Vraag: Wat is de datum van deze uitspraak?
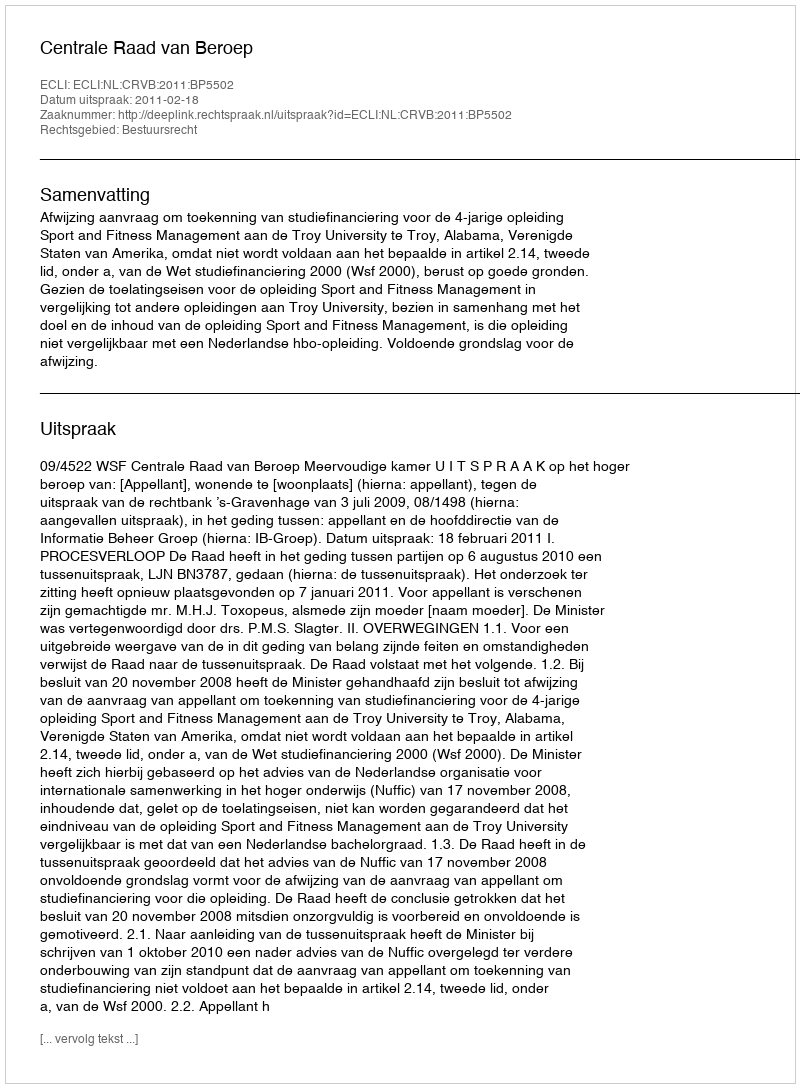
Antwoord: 2011-02-18